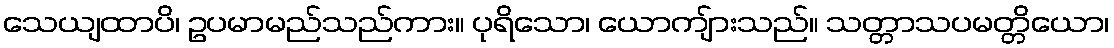
သေယျထာပိ၊ ဥပမာမည်သည်ကား။ ပုရိသော၊ ယောကျ်ားသည်။ သတ္တာသပမတ္တိယော၊